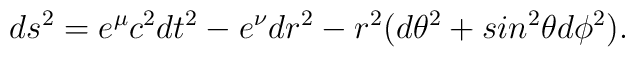
ds^2=e^\mu c^2dt^2-e^\nu dr^2-r^2(d\theta^2+sin^2\theta d\phi^2).